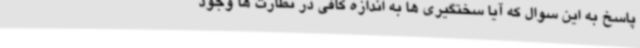
پاسخ به این سوال که آیا سختگیری ها به اندازه کافی در نظارت ها وجود